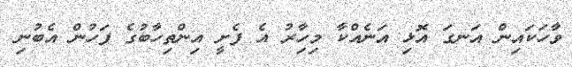
ވާހަކައިން އަނގަ އޮޅި އަނެއްކާ މިހިާރު އެ ފެށީ އިންތިހާބުގެ ފަހުން އެބުނި